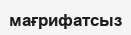
мағрифатсыз